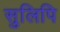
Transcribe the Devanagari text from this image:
सुलिपि